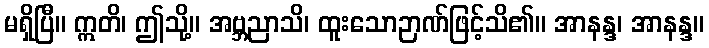
မရှိပြီ။ ဣတိ၊ ဤသို့။ အဗ္ဘညာသိ၊ ထူးသောဉာဏ်ဖြင့်သိ၏။ အာနန္ဒ၊ အာနန္ဒ။